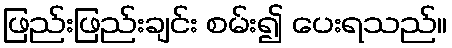
ဖြည်းဖြည်းချင်း စမ်း၍ ပေးရသည်။